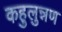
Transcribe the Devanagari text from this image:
कहुलुन्नण